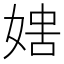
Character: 𡞐